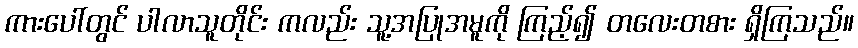
ကားပေါ်တွင် ပါလာသူတိုင်း ကလည်း သူ့အပြုအမူကို ကြည့်၍ တလေးတစား ရှိကြသည်။